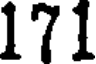
171